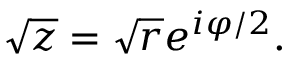
{ \sqrt { z } } = { \sqrt { r } } e ^ { i \varphi / 2 } .